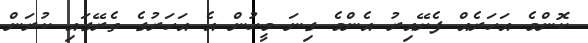
ކޮންމެ އަހަރެއް ފެށޭއިރު އެންމެ ގިނަ މީހުން އެ އަހަރުގެ ތެރޭގައި ކުރަން